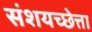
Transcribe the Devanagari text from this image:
संशयच्छेत्ता